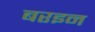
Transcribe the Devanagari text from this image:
बरइन